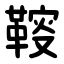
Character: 䩳